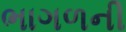
ભાગળની